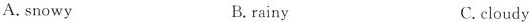
A.snowy B.rainy C.cloudy